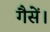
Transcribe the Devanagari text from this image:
गैसें।